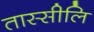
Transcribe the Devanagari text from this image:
तास्सीलि